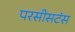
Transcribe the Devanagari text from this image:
परसीसटंस